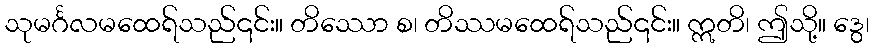
သုမင်္ဂလမထေရ်သည်၎င်း။ တိဿော စ၊ တိဿမထေရ်သည်၎င်း။ ဣတိ၊ ဤသို့။ ဒွေ၊